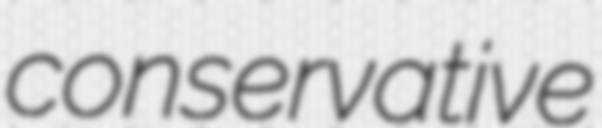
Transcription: conservative